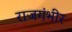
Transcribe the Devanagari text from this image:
राजगंभीर